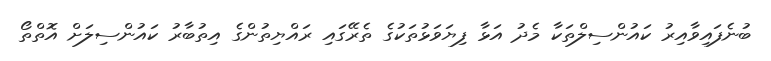
ބުނެފައިވާއިރު ކައުންސިލްތަކާ މެދު އަޅާ ފިޔަވަޅުތަކުގެ ތެރޭގައި ރައްޔިތުންގެ އިތުބާރު ކައުންސިލަށް އޮތްތޯ